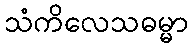
သံကိလေသဓမ္မာ